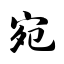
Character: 宛